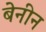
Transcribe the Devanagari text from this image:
बेनीन